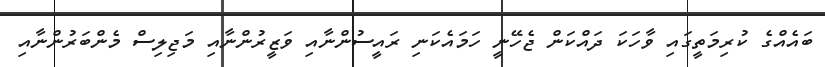
ބައެއްގެ ކުރިމަތީގައި ވާހަކަ ދައްކަން ޖެހޭނީ ހަމައެކަނި ރައީސުންނާއި ވަޒީރުންނާއި މަޖިލިސް މެންބަރުންނާއި